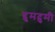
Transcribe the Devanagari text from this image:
दुमदुमी